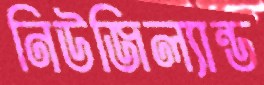
নিউজিল্যান্ড